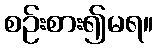
စဉ်းစား၍မရ။